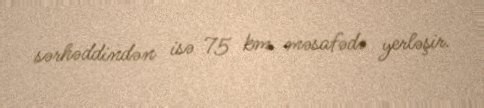
sərhəddindən isə 75 km məsafədə yerləşir.